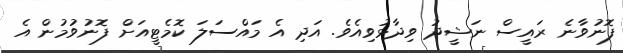
ފޮނުވާނެ ރައީސް ނަޝީދު ވިދާޅުވިއެވެ. އަދި އެ މައްސަލަ ކޮމެޓީއަށް ފޮނުވުމުން އެ